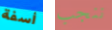
أسفة ننجب